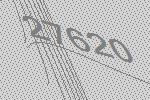
27620